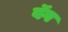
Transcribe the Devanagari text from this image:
वॅग